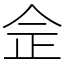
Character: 佱